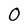
Character: O